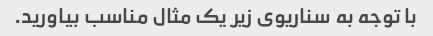
با توجه به سناریوی زیر یک مثال مناسب بیاورید.